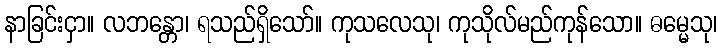
နာခြင်းငှာ။ လဘန္တော၊ ရသည်ရှိသော်။ ကုသလေသု၊ ကုသိုလ်မည်ကုန်သော။ ဓမ္မေသု၊